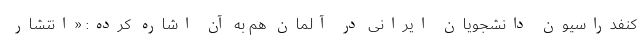
کنفدراسیون دانشجویان ایرانی در آلمان هم به آن اشاره کرده: «انتشار